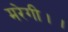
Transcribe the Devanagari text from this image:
मरेगी।।